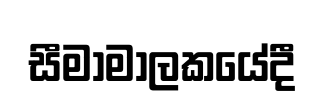
සීමාමාලකයේදී